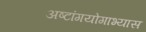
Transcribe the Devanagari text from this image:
अष्टांगयोगाभ्यास